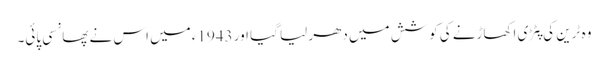
وہ ٹرین کی پٹڑی اکھاڑنے کی کوشش میں دھر لیا گیا اور 1943ء میں اس نے پھانسی پائی۔